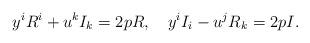
LaTeX: \begin{align*}y^i R^i + u^k I_k = 2p R, \ \ \ y^i I_i - u^j R_k = 2p I.\end{align*}